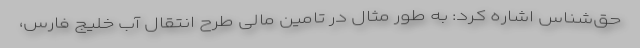
حق‌شناس اشاره کرد: به طور مثال در تامین مالی طرح انتقال آب خلیج فارس،